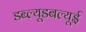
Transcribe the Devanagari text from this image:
डब्ल्यूडबल्यूई